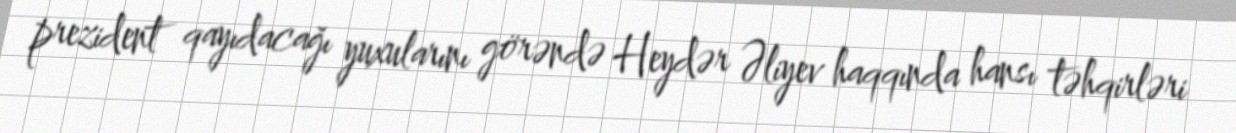
prezident qayıdacağı yuxularını görəndə Heydər Əliyev haqqında hansı təhqirləri